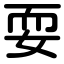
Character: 耍